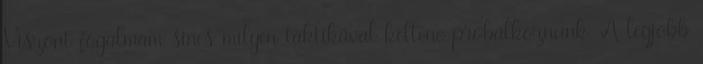
Viszont fogalmam sincs milyen taktikával kellene próbálkoznunk. A legjobb